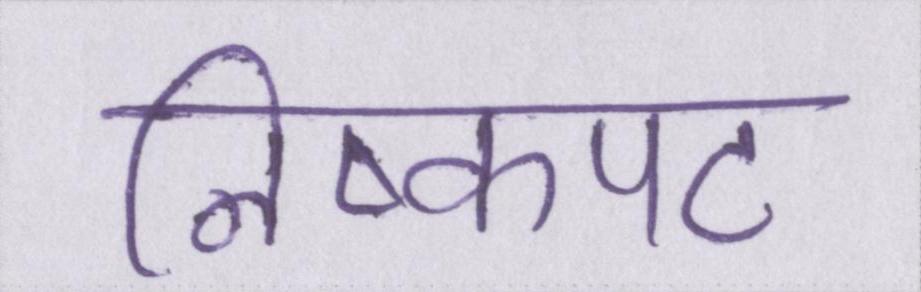
निष्कपट